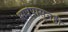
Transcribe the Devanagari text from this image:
भाषेपासूनही